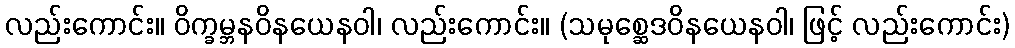
လည်းကောင်း။ ဝိက္ခမ္ဘနဝိနယေနဝါ၊ လည်းကောင်း။ (သမုစ္ဆေဒဝိနယေနဝါ၊ ဖြင့် လည်းကောင်း)